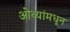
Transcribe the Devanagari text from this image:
ओव्यांमधून